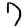
Digit: 7